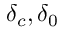
\delta _ { c } , \delta _ { 0 }